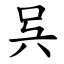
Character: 呉